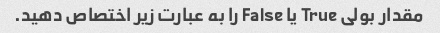
مقدار بولی True یا False را به عبارت زیر اختصاص دهید.